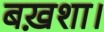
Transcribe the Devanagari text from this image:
बख़शा।